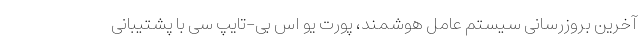
آخرین بروزرسانی سیستم عامل هوشمند، پورت یو اس بی-تایپ سی با پشتیبانی